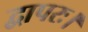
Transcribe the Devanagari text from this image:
द्वापरः।